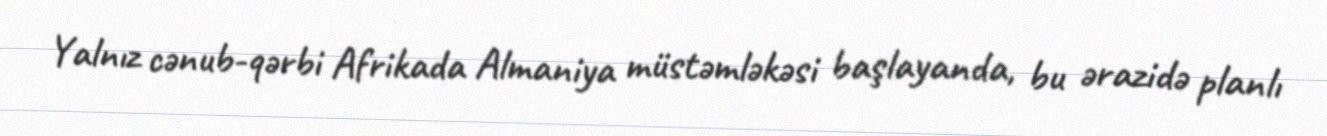
Yalnız cənub-qərbi Afrikada Almaniya müstəmləkəsi başlayanda, bu ərazidə planlı